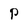
Character: P